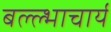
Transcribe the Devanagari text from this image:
बल्ल्भाचार्य